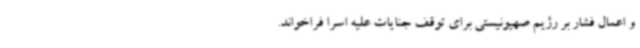
و اعمال فشار بر رژیم صهیونیستی برای توقف جنایات علیه اسرا فراخواند.